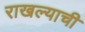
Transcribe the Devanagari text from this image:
राखल्याची